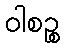
ဝါစဉ္စ